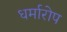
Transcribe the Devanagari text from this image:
धर्मारोप